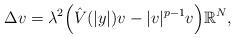
LaTeX: \begin{align*} \Delta v = \lambda^2 \Big(\hat{V}(|y|)v - |v|^{p-1}v\Big) \mathbb{R}^N,\end{align*}